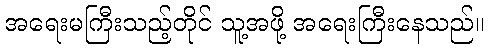
အရေးမကြီးသည့်တိုင် သူ့အဖို့ အရေးကြီးနေသည်။